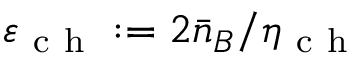
\varepsilon _ { \mathrm { ~ c ~ h ~ } } : = 2 \bar { n } _ { B } / \eta _ { \mathrm { ~ c ~ h ~ } }